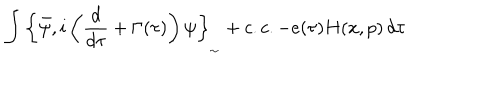
LaTeX: \int _ { } ^ { } { \left\{ \bar { \psi } , i \left( \frac { d } { d \tau } + \Gamma ( \tau ) \right) \psi \right\} _ { _ { \sim } } + c . c . - e ( \tau ) H ( x , p ) \, d \tau }